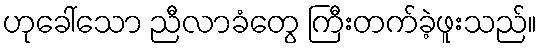
ဟုခေါ်သော ညီလာခံတွေ ကြီးတက်ခဲ့ဖူးသည်။